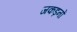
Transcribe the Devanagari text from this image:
जकड़नों